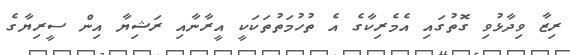
ރިޒާ ވިދާޅުވި ގޮތުގައި އެމެރިކާގެ އެ ތުހުމަތުތަކަކީ އީރާނާއި ރަޝިޔާ އިން ސީރިޔާގެ